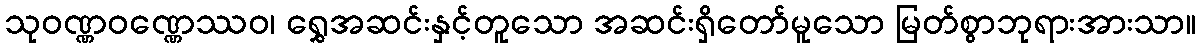
သုဝဏ္ဏဝဏ္ဏေဿဝ၊ ရွှေအဆင်းနှင့်တူသော အဆင်းရှိတော်မူသော မြတ်စွာဘုရားအားသာ။